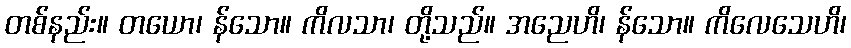
တစ်နည်း။ တယော၊ န်သော။ ကိလသာ၊ တို့သည်။ အညေဟိ၊ န်သော။ ကိလေသေဟိ၊